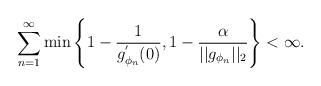
LaTeX: \begin{align*}\sum_{n=1}^{\infty}\min\left\{1-\frac{1}{g_{\phi_{n}}^{'}(0)},1-\frac{\alpha}{||g_{\phi_{n}}||_{2}}\right\}<\infty.\end{align*}